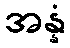
အန္နံ